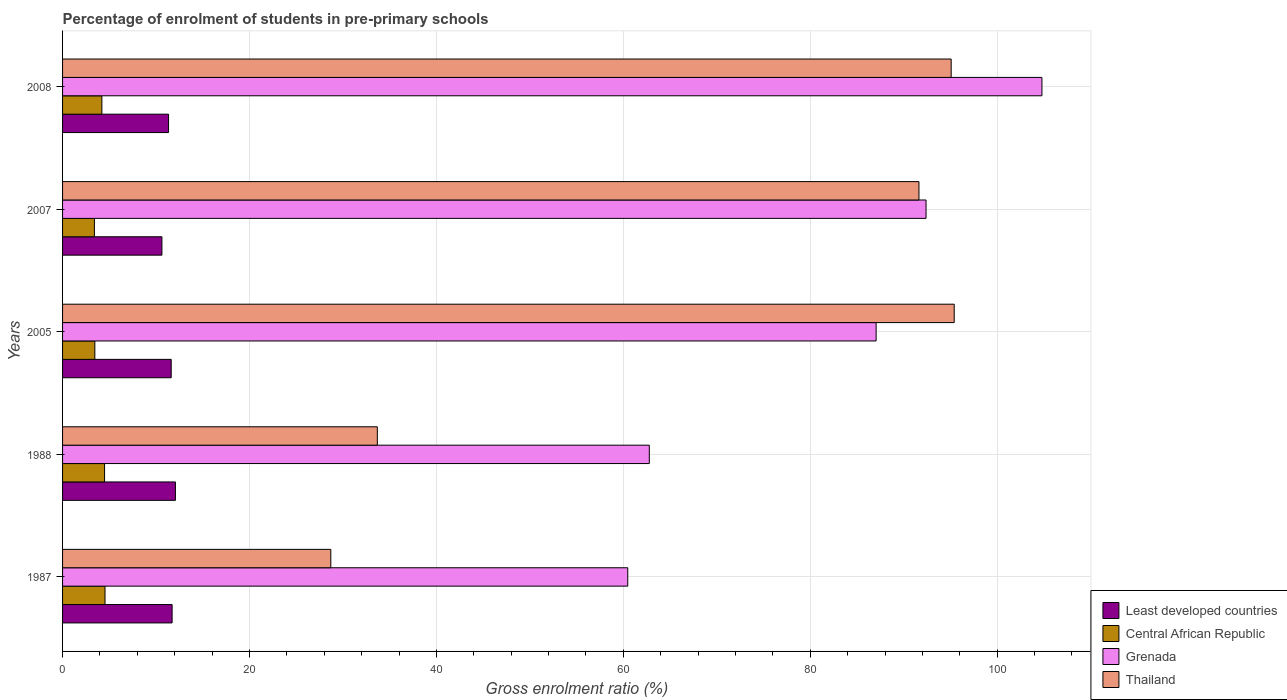
| Years | Least developed countries | Central African Republic | Grenada | Thailand |
 | --- | --- | --- | --- | --- |
 | 1987 | 11.7 | 4.54 | 60.5 | 28.7 |
 | 1988 | 12.1 | 4.49 | 62.8 | 33.7 |
 | 2005 | 11.6 | 3.45 | 87 | 95.4 |
 | 2007 | 10.6 | 3.41 | 92.4 | 91.6 |
 | 2008 | 11.3 | 4.21 | 105 | 95.1 |